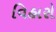
વિહારો